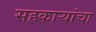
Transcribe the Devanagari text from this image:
सहकाऱ्यांचा